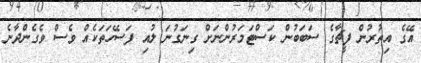
އޭގެ އިތުރުން ފީޗާގެ ސަބަބުން ކަސްޓަމަރުންނަށް ގިނަގުނަ ލުއި ފަސޭހަތަކެއް ވެސް ވެގެންދާނެ